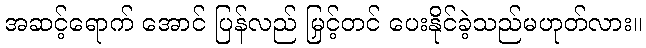
အဆင့်ရောက် အောင် ပြန်လည် မြှင့်တင် ပေးနိုင်ခဲ့သည်မဟုတ်လား။